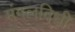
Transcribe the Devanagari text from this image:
मंगलविधी